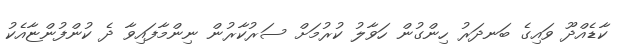
ކާޑެއްދޫ ވައިގެ ބަނދަރު ހިންގުން ހަވާލު ކުރުމަށް ސަރުކާރުން ނިންމާފައިވާ ދެ ކުންފުންޏާއެކު